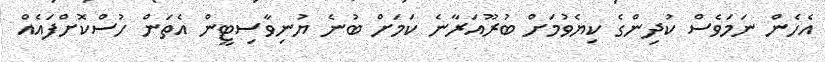
އެހެން ނަމަވެސް ކުދިންގެ ކިޔެވުމަށް ބުރޫއަރާނެ ކަމަށް ބުނެ ޔުނިވާސިޓީން އެތަން ހުސްކޮށްފައެއް